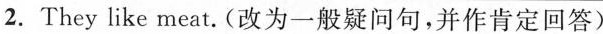
2.They like meat. (改为一般疑问句,并作肯定回答)